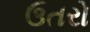
ઉતરો